Annual report on the health of the army in India
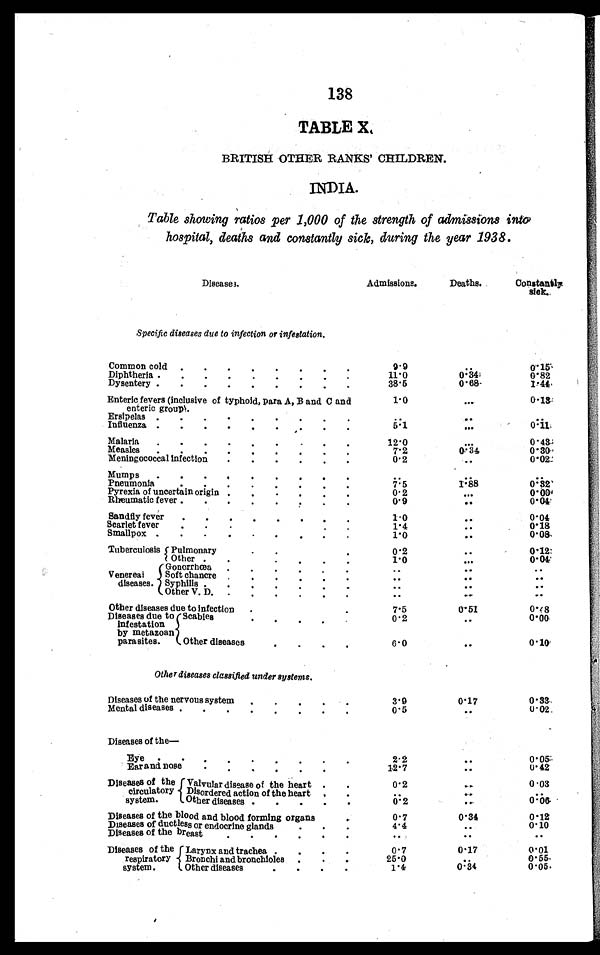
138
TABLE X.
BRITISH OTHER RANKS' CHILDREN.
INDIA.
Table showing ratios per 1,000 of the strength of admissions into
hospital, deaths and constantly sick, during the year 1938.
Diseases.
Admissions.
Deaths.
Constantly
sick.
Specific diseases due to infection or infestation.
Common cold . . .
9.9
. . .
0 . 1 5
11.0
0 . 3 4
0 . 8 2
Diphtheria . . .
0 . 6 8
1 . 4 4
3 8 . 5
Dysentery . . .
Enteric fevers (inclusive of typhoid, Para A, B and C and
enteric group).
1.0
. . .
0.13
Ersipelas . . .
.
.
.
. . .
. . .
. . .
0.11
5 . 1
Influenza . . .
. . .
Malaria . . .
1 2 . 0
. . .
0.43
0.34
0.30
Measles . . .
7.2
0.02
Meningococcal infection . . .
0 . 2
. . .
Mumps . . .
. . .
. . .
. . .
1.88
0 . 3 2
Pneumonia . . .
7. 5
0 . 0 0
Pyrexia of uncertain origin . . .
0 . 2
. . .
0.04
Rheumatic fever . . .
0 . 9
. . .
Sandfly fever . . .
1.0
. . .
0.04
0.18
Scarlet fever . . .
1.4
. . . . .
Smallpox . . .
1.0
. . .
0.08
Tuberculosis P P u l
P u l m o n a r y . . .
0. 2
. . .
0.12
0.04
O t h e r . / . .
1 . 0
. . . . . .
Venereal
diseases.
Gonorrhœa . . .
. . .
. . .
. . .
•
Soft chancre . . .
. . .
. . .
. . .
Syphilis
. . .
. . .
. . .
. . .
Other V. D. . . .
. . .
. . .
. . .
Other diseases due to infection . . .
7.5
0.51
0.4 8
0.00
Diseases due to
Infestation
by metazoan
parasites.
Scabies . . .
0. 2
. . .
Other diseases . . .
6. 0
. . .
0 .10
Other diseases classified under systems.
Diseases of the nervous system . . .
3. 9
0.17
0.33
0.02
Mental diseases . . .
0.5
. . .
Diseases of the—
Eye . . .
2.2
. . .
0. 05
0.42
Earand nose . . .
12.7
. . .
Diseases of the
circulatory
system.
Valvular disease of the heart . . .
0. 2
. . .
0.03
{
Disordered action of the heart . . .
. .
. .
0 .06
0 . 2
Other diseases . . .
..
Diseases of the blood and blood forming organs
0 .7
0.34
0.12
0. 10
4..4
. . .
Diseases of ductless or endocrine glands . . .
. . .
. . .
. . .
Diseases of the breast . . .
Diseases of the
respiratory
sy stem.
Larynx and trachea . . .
0. 7
0.17
0. 01
0. 55
25.0
Bronchi and bronchioles . . .
. . . ..
0.05
0.34
1. 4
Other diseases . . .